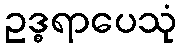
ဥဒ္ဓရာပေသုံ